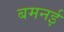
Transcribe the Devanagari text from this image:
बमनई